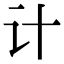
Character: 计